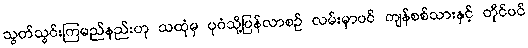
သွတ်သွင်းကြမည်နည်းဟု သထုံမှ ပုဂံသို့ပြန်လာစဉ် လမ်းမှာပင် ကျန်စစ်သားနှင့် တိုင်ပင်